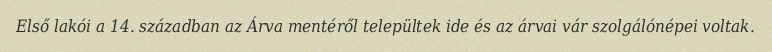
Első lakói a 14. században az Árva mentéről települtek ide és az árvai vár szolgálónépei voltak.